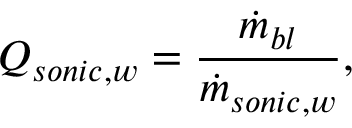
Q _ { s o n i c , w } = \frac { \dot { m } _ { b l } } { \dot { m } _ { s o n i c , w } } ,